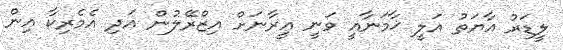
ލީޑަރު އާޔަތު އަލީ ޚާމަނާއީ ވަނީ އީރާނަށް އިޒްރޭލުން އަދި އެމެރިކާ އިން